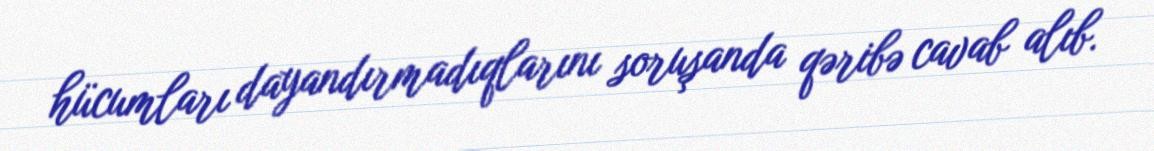
hücumları dayandırmadıqlarını soruşanda qəribə cavab alıb.